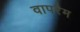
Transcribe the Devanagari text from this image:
वापरैम